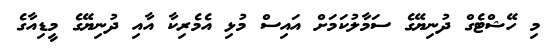
މި ހޭޝްޓެގް ދުނިޔޭގެ ސަމާލުކަމަށް އައިސް މުޅި އެމެރިކާ އާއި ދުނިޔޭގެ މީޑިއާގެ